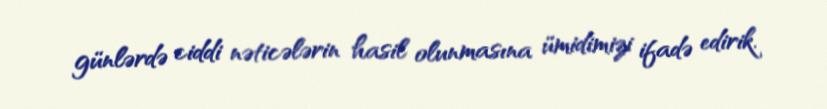
günlərdə ciddi nəticələrin hasil olunmasına ümidimizi ifadə edirik.